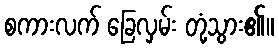
စကားလက် ခြေလှမ်း တုံ့သွား၏။